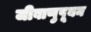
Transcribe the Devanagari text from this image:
जीवाणुपूयन